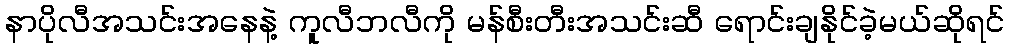
နာပိုလီအသင်းအနေနဲ့ ကူလီဘလီကို မန်စီးတီးအသင်းဆီ ရောင်းချနိုင်ခဲ့မယ်ဆိုရင်